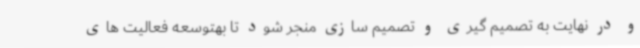
و در نهایت به تصمیم گیری و تصمیم سازی منجر شود تا بهتوسعه فعالیت های